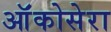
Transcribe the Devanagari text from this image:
ऑंकोसेरा